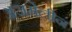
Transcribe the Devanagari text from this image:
अजमेलीन